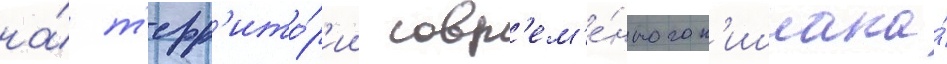
на́ т'ерр'ито́р'ии совр'ем'е́нного к'ишлака́